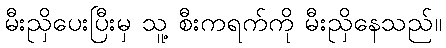
မီးညှိပေးပြီးမှ သူ့ စီးကရက်ကို မီးညှိနေသည်။